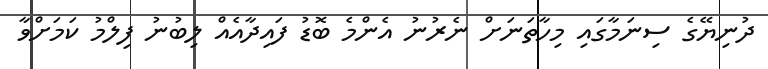
ދުނިޔޭގެ ސިނަމާގައި މިހާތަނަށް ނެރުނު އެންމެ ބޮޑު ފައިދާއެއް ލިބުނު ފިލްމު ކަމަށްވާ